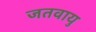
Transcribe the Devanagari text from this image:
जतवायु